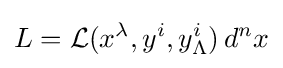
L={\mathcal {L}}(x^{\lambda },y^{i},y_{\Lambda }^{i})\,d^{n}x